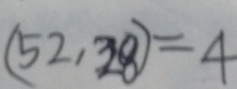
( 5 2 , 3 8 ) = 4